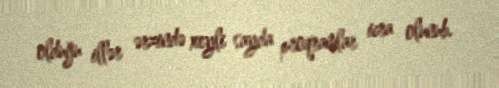
olduğu illər ərzində xeyli sayda proqramlar icra olunub.